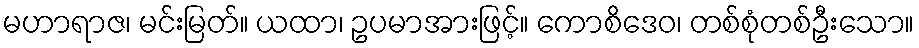
မဟာရာဇ၊ မင်းမြတ်။ ယထာ၊ ဥပမာအားဖြင့်။ ကောစိဒေဝ၊ တစ်စုံတစ်ဦးသော။